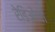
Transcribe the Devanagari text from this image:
रेडिओचा